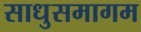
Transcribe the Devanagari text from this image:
साधुसमागम